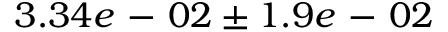
3 . 3 4 e \mathrm { ~ - ~ } 0 2 \pm 1 . 9 e \mathrm { ~ - ~ } 0 2